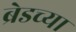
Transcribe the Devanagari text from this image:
ब्रेडच्या